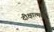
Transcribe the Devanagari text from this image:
दीक्षात्मक